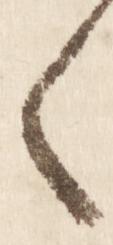
く